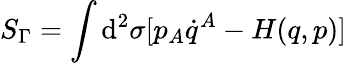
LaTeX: S_{\Gamma}=\int\mathrm{d}^{2}\sigma[p_{A}\dot{{q}}^{A}-H(q,p)]